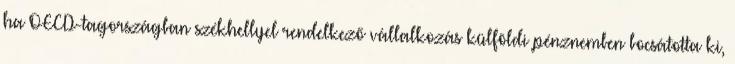
ha OECD-tagországban székhellyel rendelkező vállalkozás külföldi pénznemben bocsátotta ki,